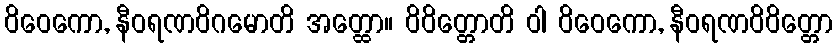
ဝိဝေကော, နီဝရဏဝိဂမောတိ အတ္ထော။ ဝိဝိတ္တောတိ ဝါ ဝိဝေကော, နီဝရဏဝိဝိတ္တော